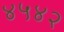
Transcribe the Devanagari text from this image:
४५४२